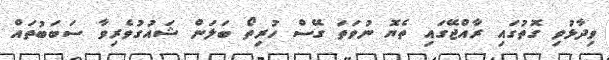
ވިދާޅުވި ގޮތުގައި ރާއްޖޭގައި ތެޔޮ ނުވަތަ ގޭސް ހުރިތޯ ބަލަން ޝައުގުވެރިވާ ސަބަބުތައް